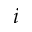
i